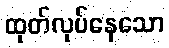
ထုတ်လုပ်နေသော